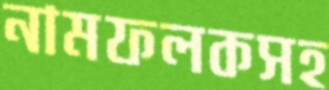
নামফলকসহ